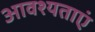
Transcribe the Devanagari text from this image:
आवश्यताएं